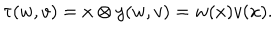
LaTeX: \tau ( w , v ) = { x \otimes y } ( w , v ) = w ( x ) v ( x ) .